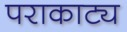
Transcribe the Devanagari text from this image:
पराकाट्य